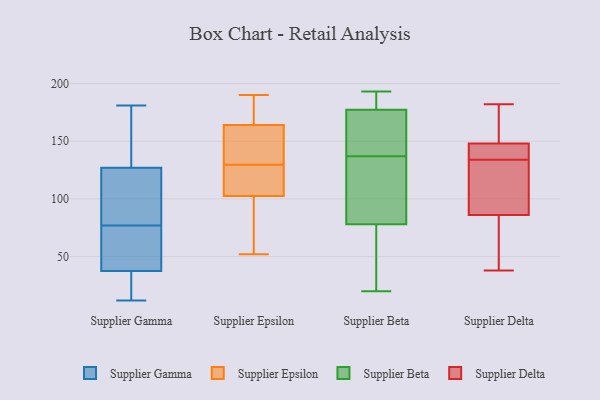
{"axis": {"x": "Shipments", "y": "Value"}, "legend": ["Supplier Beta", "Supplier Delta", "Supplier Epsilon", "Supplier Gamma"], "data": [{"x": "", "y": 12, "type": "Supplier Gamma"}, {"x": "", "y": 35, "type": "Supplier Gamma"}, {"x": "", "y": 77, "type": "Supplier Gamma"}, {"x": "", "y": 136, "type": "Supplier Gamma"}, {"x": "", "y": 94, "type": "Supplier Gamma"}, {"x": "", "y": 77, "type": "Supplier Gamma"}, {"x": "", "y": 152, "type": "Supplier Gamma"}, {"x": "", "y": 181, "type": "Supplier Gamma"}, {"x": "", "y": 40, "type": "Supplier Gamma"}, {"x": "", "y": 118, "type": "Supplier Gamma"}, {"x": "", "y": 62, "type": "Supplier Gamma"}, {"x": "", "y": 28, "type": "Supplier Gamma"}, {"x": "", "y": 190, "type": "Supplier Epsilon"}, {"x": "", "y": 176, "type": "Supplier Epsilon"}, {"x": "", "y": 173, "type": "Supplier Epsilon"}, {"x": "", "y": 109, "type": "Supplier Epsilon"}, {"x": "", "y": 119, "type": "Supplier Epsilon"}, {"x": "", "y": 155, "type": "Supplier Epsilon"}, {"x": "", "y": 121, "type": "Supplier Epsilon"}, {"x": "", "y": 93, "type": "Supplier Epsilon"}, {"x": "", "y": 138, "type": "Supplier Epsilon"}, {"x": "", "y": 52, "type": "Supplier Epsilon"}, {"x": "", "y": 96, "type": "Supplier Epsilon"}, {"x": "", "y": 138, "type": "Supplier Epsilon"}, {"x": "", "y": 172, "type": "Supplier Beta"}, {"x": "", "y": 111, "type": "Supplier Beta"}, {"x": "", "y": 184, "type": "Supplier Beta"}, {"x": "", "y": 57, "type": "Supplier Beta"}, {"x": "", "y": 179, "type": "Supplier Beta"}, {"x": "", "y": 163, "type": "Supplier Beta"}, {"x": "", "y": 75, "type": "Supplier Beta"}, {"x": "", "y": 71, "type": "Supplier Beta"}, {"x": "", "y": 87, "type": "Supplier Beta"}, {"x": "", "y": 191, "type": "Supplier Beta"}, {"x": "", "y": 167, "type": "Supplier Beta"}, {"x": "", "y": 193, "type": "Supplier Beta"}, {"x": "", "y": 94, "type": "Supplier Beta"}, {"x": "", "y": 20, "type": "Supplier Beta"}, {"x": "", "y": 137, "type": "Supplier Beta"}, {"x": "", "y": 182, "type": "Supplier Delta"}, {"x": "", "y": 130, "type": "Supplier Delta"}, {"x": "", "y": 156, "type": "Supplier Delta"}, {"x": "", "y": 55, "type": "Supplier Delta"}, {"x": "", "y": 55, "type": "Supplier Delta"}, {"x": "", "y": 148, "type": "Supplier Delta"}, {"x": "", "y": 86, "type": "Supplier Delta"}, {"x": "", "y": 38, "type": "Supplier Delta"}, {"x": "", "y": 138, "type": "Supplier Delta"}, {"x": "", "y": 95, "type": "Supplier Delta"}, {"x": "", "y": 145, "type": "Supplier Delta"}, {"x": "", "y": 154, "type": "Supplier Delta"}, {"x": "", "y": 108, "type": "Supplier Delta"}, {"x": "", "y": 145, "type": "Supplier Delta"}]}